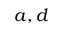
a , d